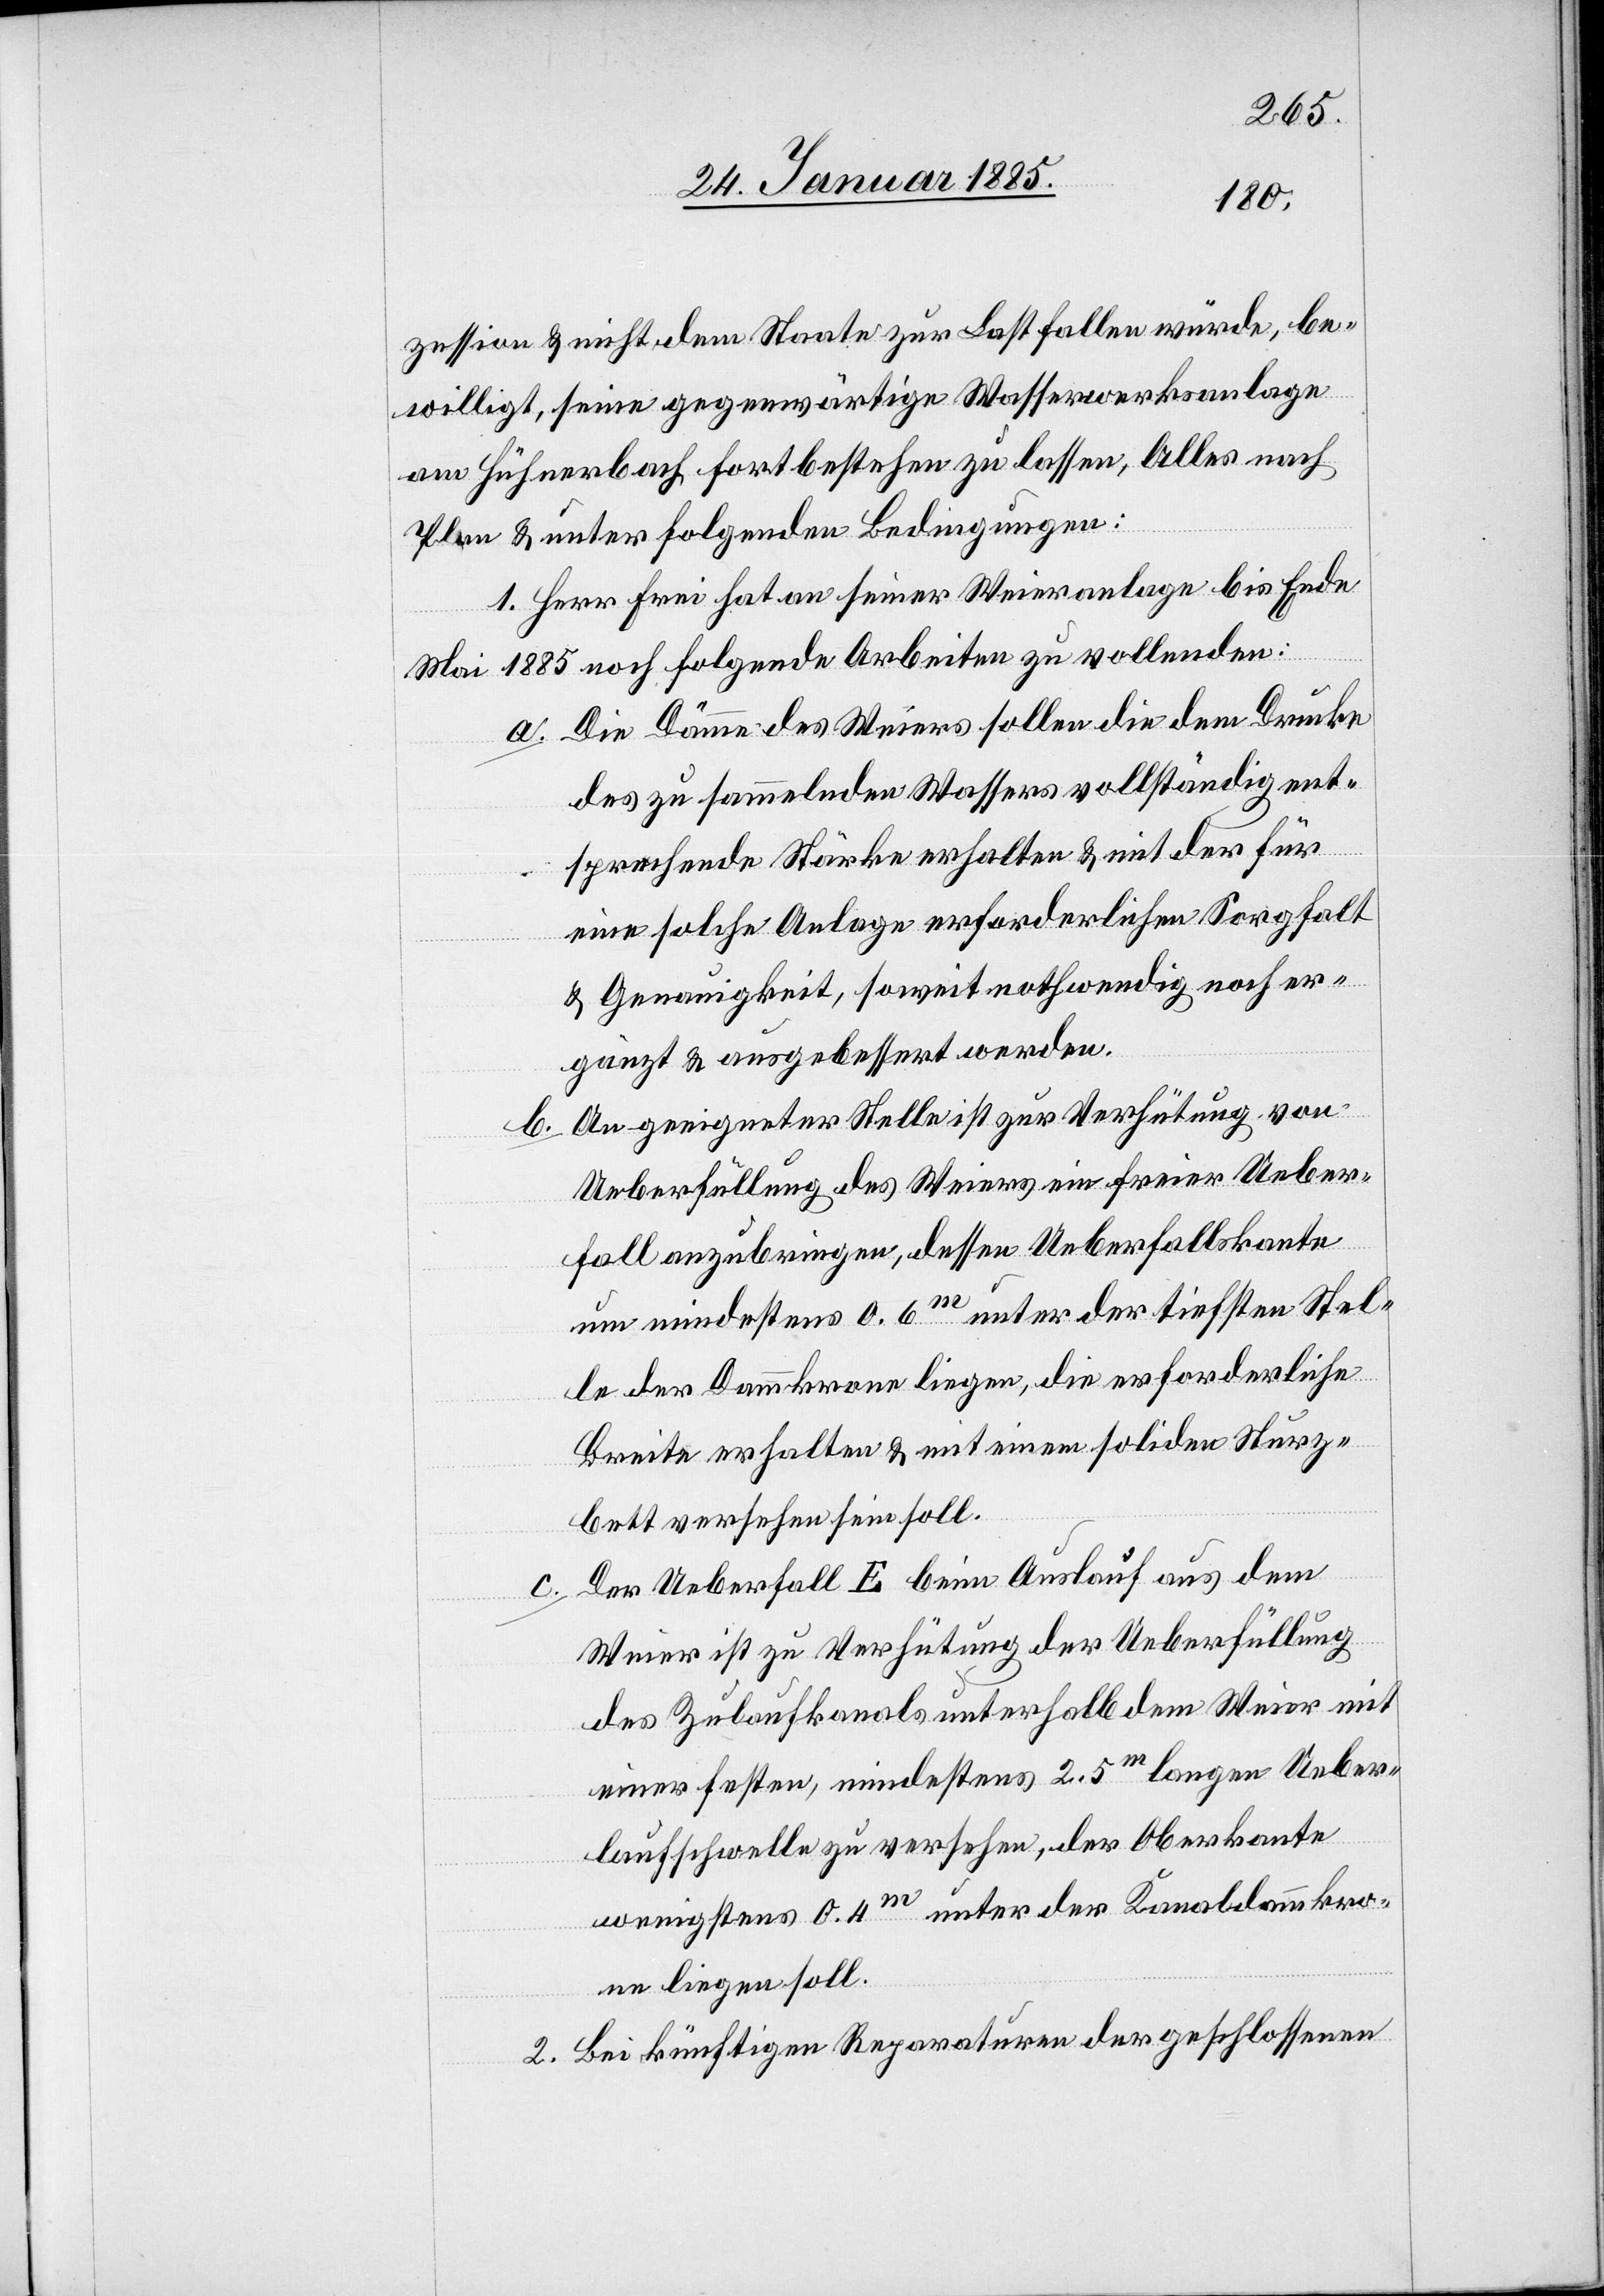
zession & dem Staate zur Last fallen würde, be¬
willigt, seine gegenwärtige Wasserwerksanlage
am Hühnerbach fortbestehen zu lassen, Alles nach
Plan & unter folgenden Bedingungen:
1. Herr Frei hat an seiner Weieranlage bis Ende
Mai 1885 noch folgende Arbeiten zu vollenden:
a. Die Dämme des Weiers sollen die dem Drucke
des zu sammelnden Wassers vollständig ent¬
sprechende Stärke erhalten & mit der für
eine solche Anlage erforderlichen Sorgfalt
& Genauigkeit, soweit nothwendig noch er¬
gänzt & ausgebessert werden.
An geeigneter Stelle ist zur Verhütung von
b.
Ueberfüllung des Weiers ein freier Ueber¬
fall anzubringen, dessen Ueberfallskante
um mindestens 0,6m unter der tiefsten Stel¬
le der Dammkrone liegen, die erforderlichen
Breite erhalten & mit einem soliden Sturz¬
bett versehen sein soll.
Der Ueberfall E beim Auslauf aus dem
Weier ist zu Verhütung der Ueberfüllung
des Zulaufkanals unterhalb dem Weier mit
einer festen, mindestens 2,5m langen Ueber¬
laufschwelle zu versehen, der Oberkante
wenigstens 0,4m unter der Kanaldammkro¬
ne liegen soll.
2. Bei künftigen Reparaturen der geschlossenen